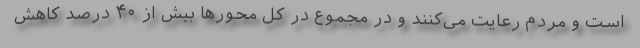
است و مردم رعایت می‌کنند و در مجموع در کل محور‌ها بیش از ۴۰ درصد کاهش